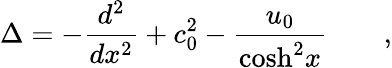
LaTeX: \Delta=-\frac{d^{2}}{dx^{2}}+c_{0}^{2}-\frac{u_{0}}{\mathrm{cosh}^{2}x}\qquad,